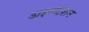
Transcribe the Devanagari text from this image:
डाइलेटेशन